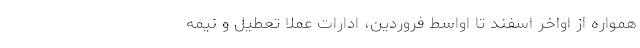
همواره از اواخر اسفند تا اواسط فروردین، ادارات عملاً تعطیل و نیمه